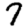
Digit: 7